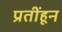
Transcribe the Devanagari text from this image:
प्रतींहून